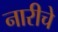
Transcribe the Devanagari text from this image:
नारीचे